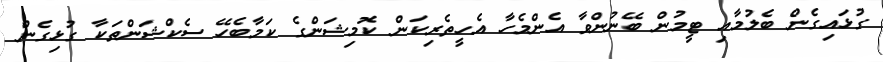
ގުޅައިގެން ބެލުމާއި ޓީމުން ބޭނުންވާ އެންމެހާ އެހީތެރިކަން ކޮމިޝަންގެ ކަމާބެހޭ ސެކްޝަންތަކާ ގުޅިގެން